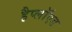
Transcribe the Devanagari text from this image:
हैप्लॉएड